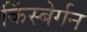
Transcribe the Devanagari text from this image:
किंस्बेर्गन